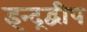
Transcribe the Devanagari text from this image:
इन्द्रद्वीप